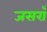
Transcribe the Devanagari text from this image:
जसराँ